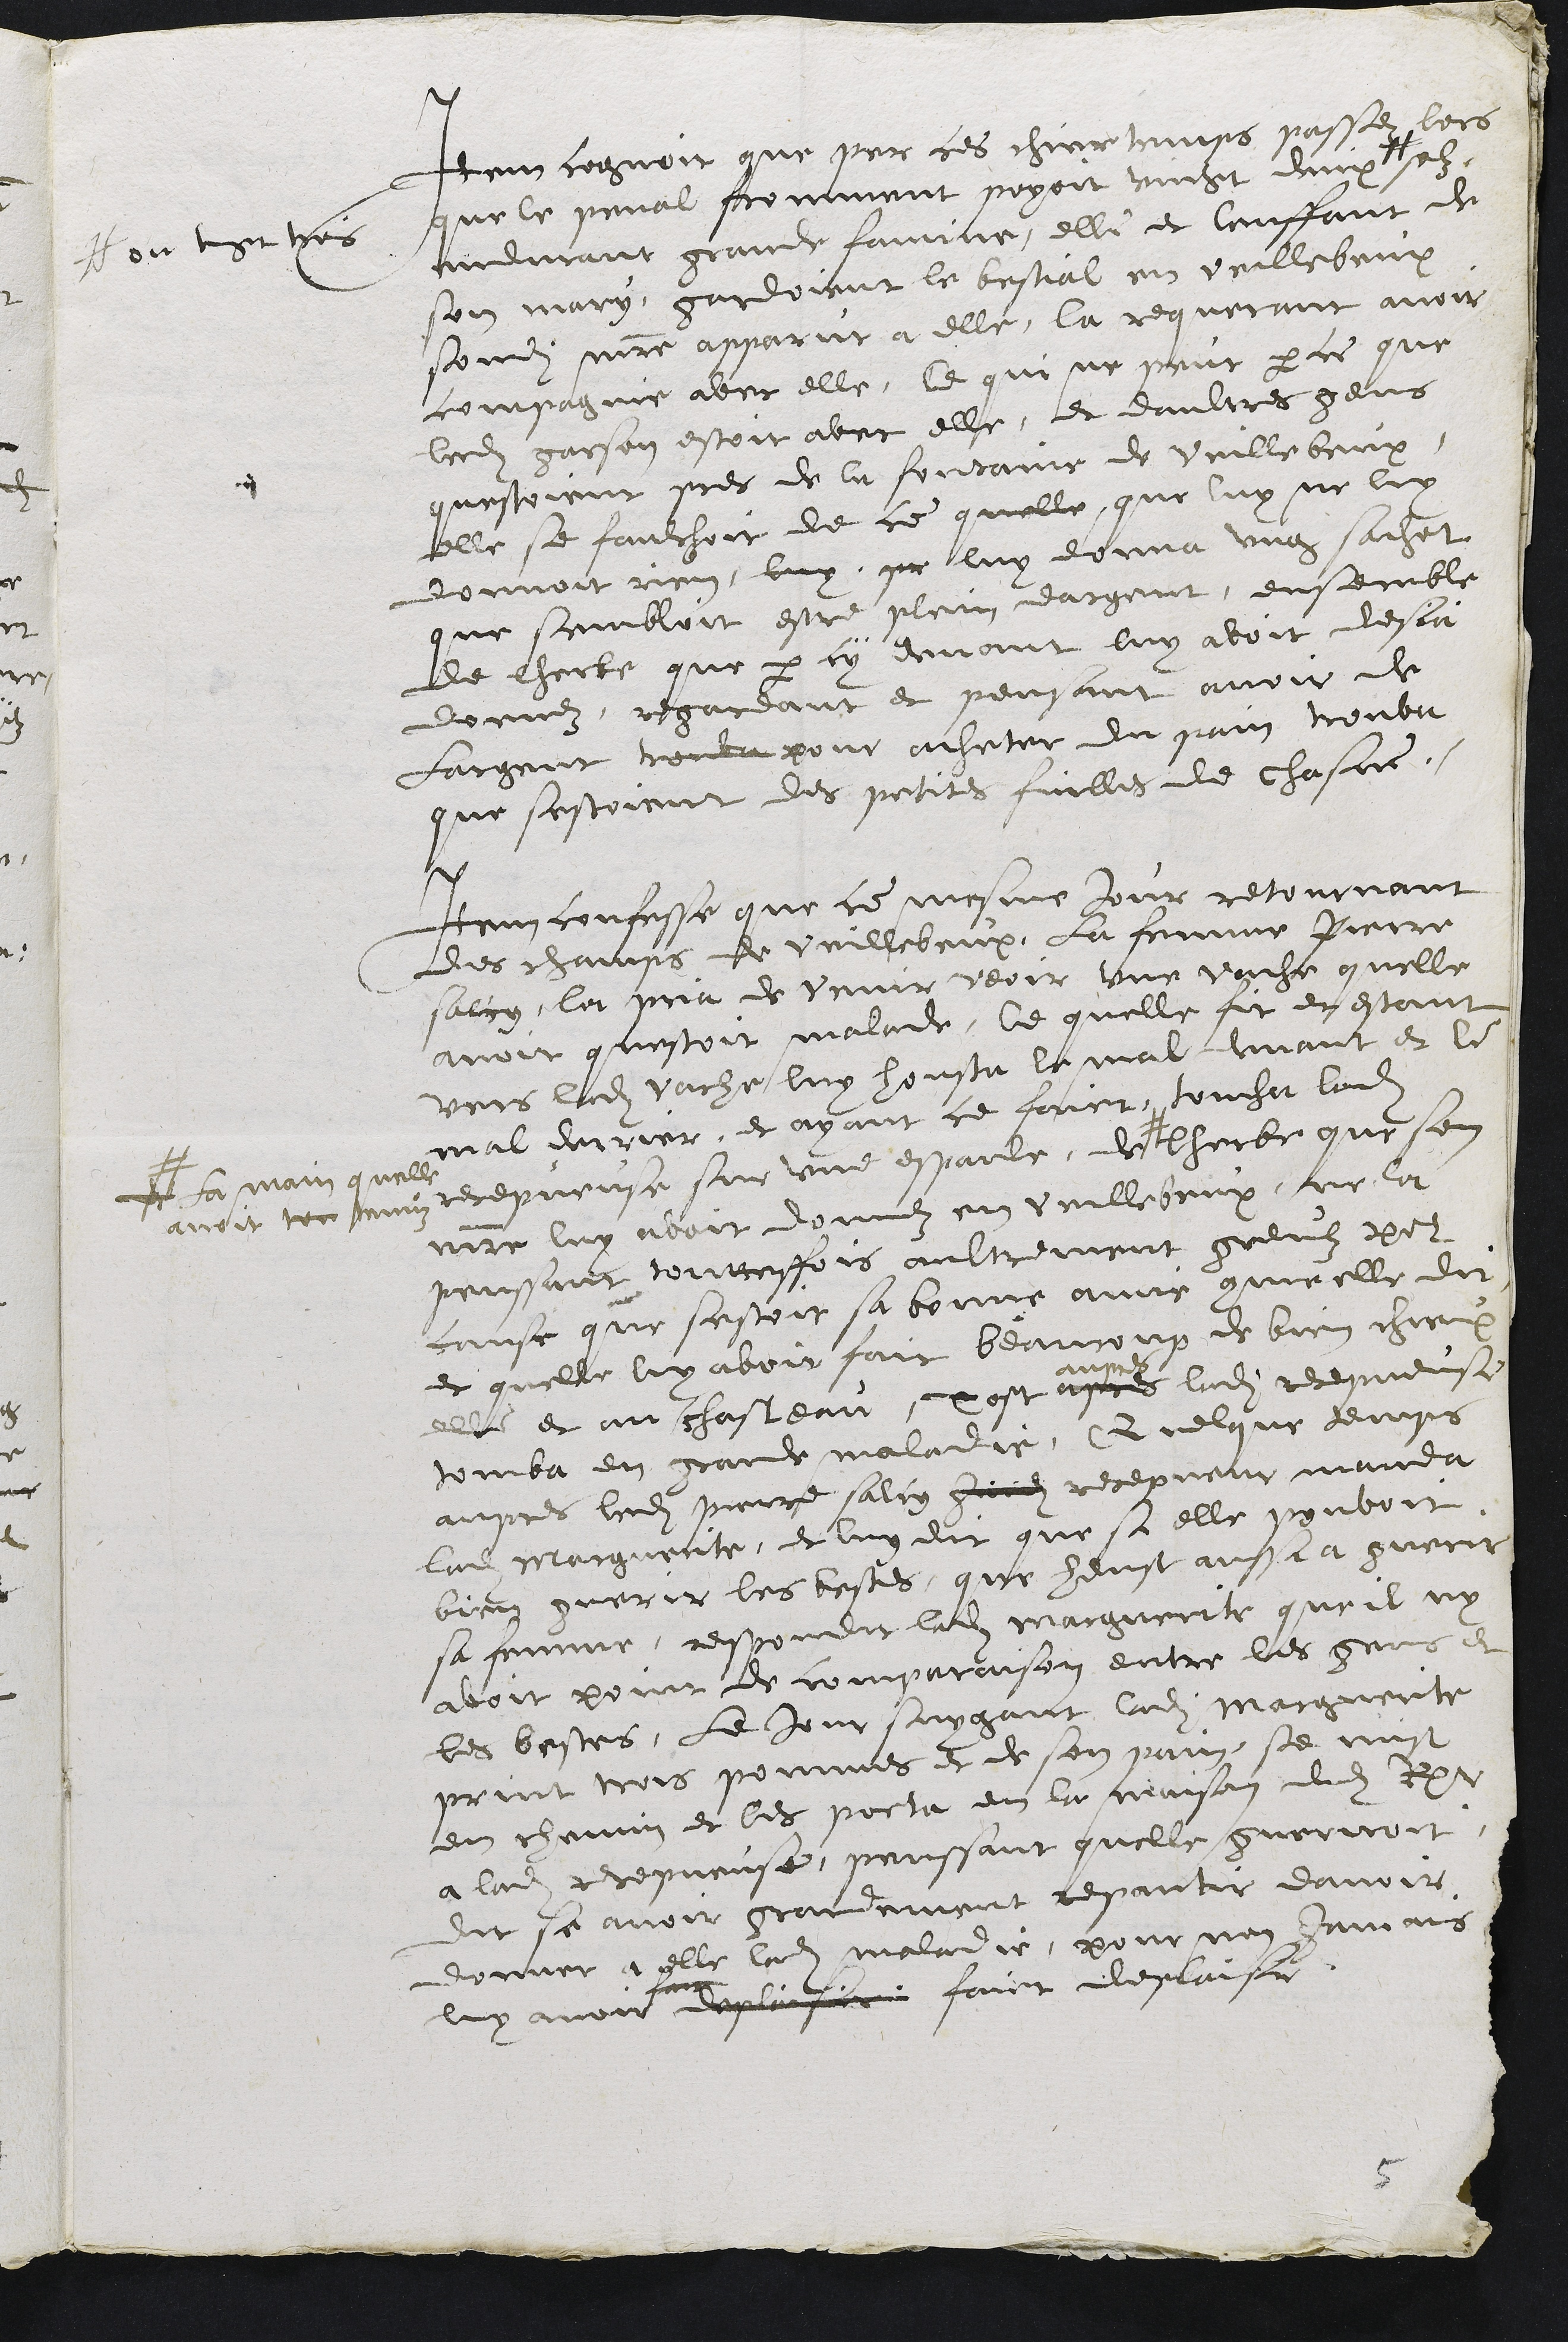
Item cognoit que par ces chier temps passez lors
que le penal fromment poyoit vingt deux #
# ou vingt trois
solz
endurant grande famine, elle et lenffant de
son mary gardoient le bestial en veillebeux
sondit maitre apparut a elle, la requerant avoir
compagnie avec elle, Ce qui ne peut parce que
ledit garson estoit avec elle, et daultres gens
questoient pres de la fontaine de vuillebeux,
elle se faulchoit de ce quelle que luy ne luy
donnoit rien, luy que luy donna ung sachet
que sembloit estre plein dargent, ensemble
de lherbe que par cy devant luy avoit desja
donnez, regardant et pensant avoir de
largent trouva pour acheter du pain trouva
que sestoient des petites fuilles de chasne,
Item confesse que ce mesme jour retournant
des champs de vuillebeux, La femme Pierre
salcy, la pria de venir veoir une vache quelle
avoit questoit malade, Ce quelle fit et estant
vers ladite vache luy housta la mal devant et le
mal derrier, et ayant ce faict, toucha ladite
repveuse sur une espaule, de #
# la main quelle
avoit ten tenuz
lherbe, que son
maitre luy avoit donnez en vuillebeux, ne la
penssant touttesfois aultrement grevez pour
cause que sestoit sa bonne amie comme elle dit
et quelle luy avoit fait beaucoup de bien chieux
elle et au chasteau, Tost apres
aupres
ladite recepveuse
tomba en grande maladie, Quelque temps
aupres ledit Pierre salcy Jaidit recepveur manda
ladite Marguerite, et luy dit que si elle pouvoit
bien guerir les bestes, que heust aussi a guerir
sa femme, respondit ladite marguerite que il ny
avoit point de comparaison entre les gens et
les bestes, le jour suygant ladite marguerite
print trois pommmes et de son pain se mist
en chemin et les porta en la maison dudit Rr.
a ladite recepveuse, penssant quelle gueriroit
dit se avoir grandement repantie davoir
donner a elle ladite maladie, pour non jamais
luy avoir
faict
deplaisir faict deplaisir